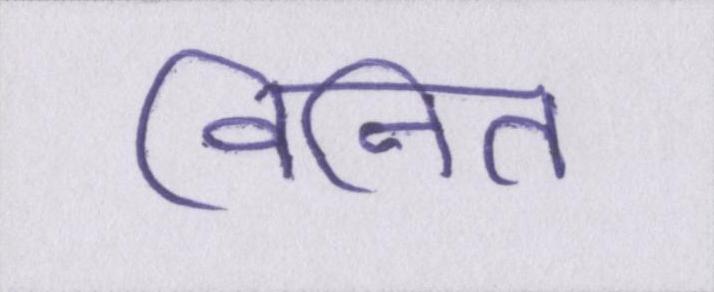
विनित